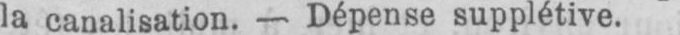
la canalisation. - Dépense supplétive.